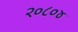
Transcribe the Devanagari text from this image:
२०८०४